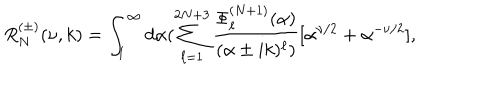
LaTeX: R _ { N } ^ { ( \pm ) } ( \nu , k ) = \int _ { 1 } ^ { \infty } d \alpha ( \sum _ { \ell = 1 } ^ { 2 N + 3 } \frac { \Phi _ { \ell } ^ { ( N + 1 ) } ( \alpha ) } { ( \alpha \pm i k ) ^ { \ell } ) } [ \alpha ^ { \nu / 2 } + \alpha ^ { - \nu / 2 } ] ,